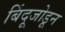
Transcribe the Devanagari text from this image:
बिंदूजोडून